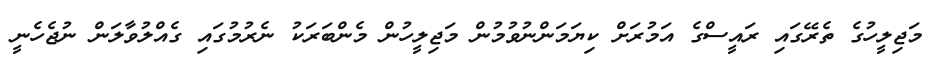
މަޖިލީހުގެ ތެރޭގައި ރައީސްގެ އަމުރަށް ކިޔަމަންނުވުމުން މަޖިލީހުން މެންބަރަކު ނެރުމުގައި ގެއްލުވާލަން ނުޖެހެނީ